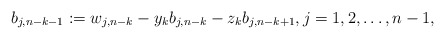
\begin{align*}b_{j,n-k-1}:=w_{j,n-k}-y_kb_{j,n-k}-z_kb_{j,n-k+1}, j=1,2,\ldots,n-1,\end{align*}